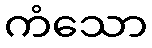
ကံသော